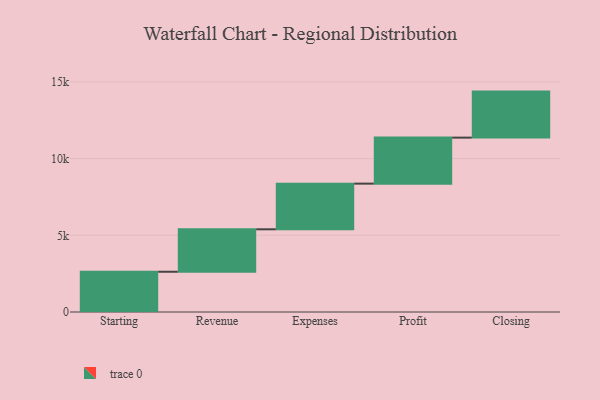
{"axis": {"x": "Step", "y": "Value"}, "legend": [""], "data": [{"x": "Starting", "y": 2624.0, "type": ""}, {"x": "Revenue", "y": 2767.0, "type": ""}, {"x": "Expenses", "y": 2976.0, "type": ""}, {"x": "Profit", "y": 3000, "type": ""}, {"x": "Closing", "y": 3000, "type": ""}]}